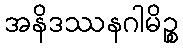
အနိဒဿနဂါမိဉ္စ